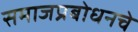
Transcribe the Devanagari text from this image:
समाजप्रबोधनचे